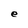
Character: e